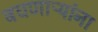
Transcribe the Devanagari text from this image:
बघणाऱ्यांना